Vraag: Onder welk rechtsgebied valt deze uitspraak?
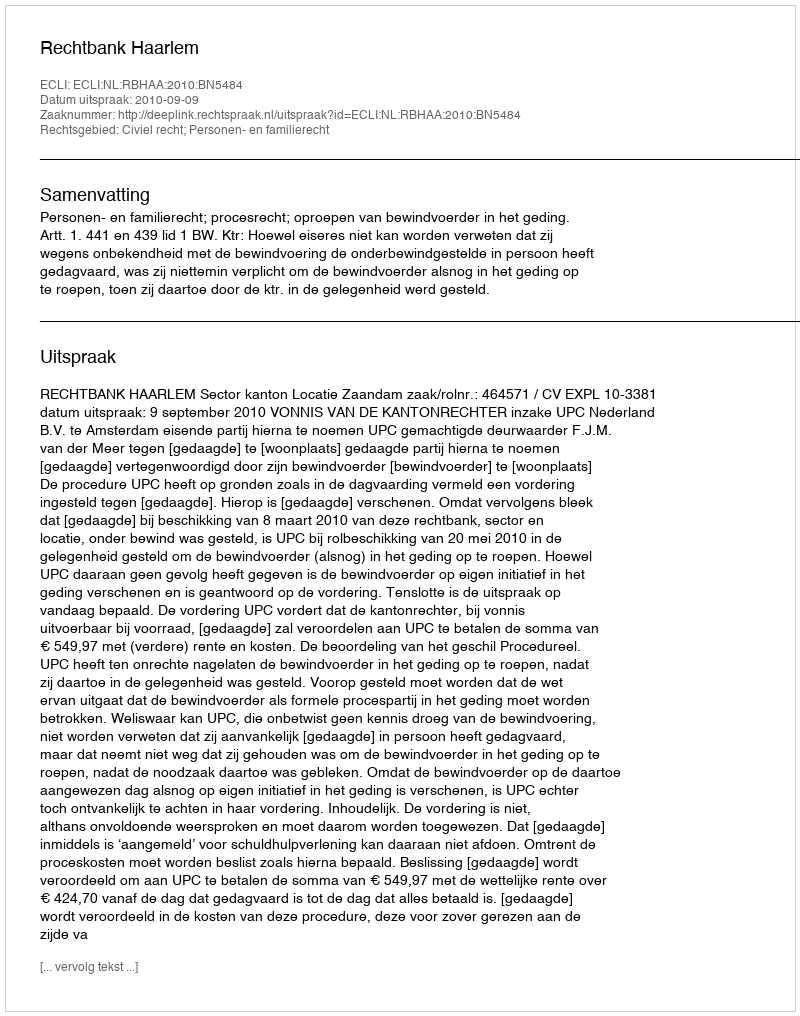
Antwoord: Civiel recht; Personen- en familierecht